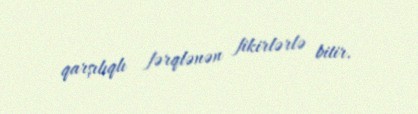
qarşılıqlı fərqlənən fikirlərlə bitir.